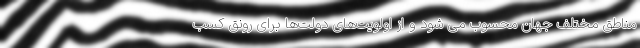
مناطق مختلف جهان محسوب می شود و از اولویت‌های دولت‌ها برای رونق کسب